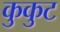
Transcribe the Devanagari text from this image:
कुकुट